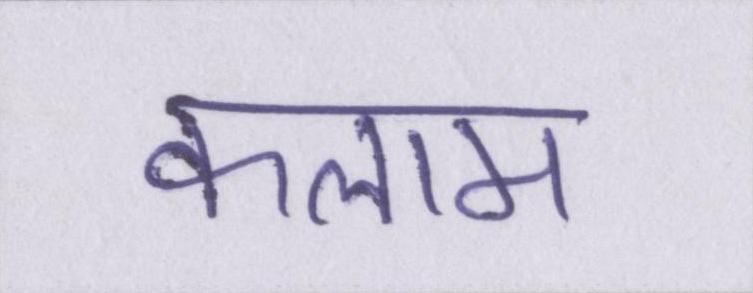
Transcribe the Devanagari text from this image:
कलाम